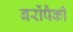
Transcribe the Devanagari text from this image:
बरोंपैकी